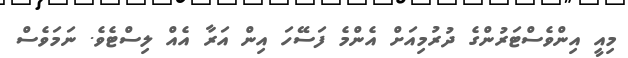
މިއީ އިންވެސްޓަރުންގެ ދުރުމިއަށް އެންމެ ފަސޭހަ އިން އަރާ އެއް ލިސްޓެވެ. ނަމަވެސް